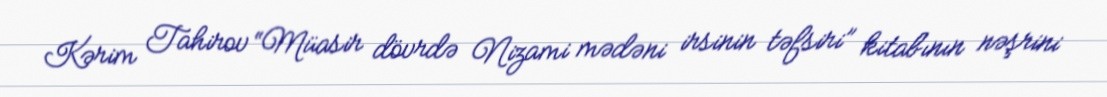
Kərim Tahirov “Müasir dövrdə Nizami mədəni irsinin təfsiri” kitabının nəşrini